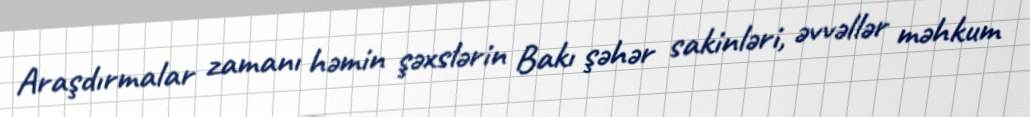
Araşdırmalar zamanı həmin şəxslərin Bakı şəhər sakinləri, əvvəllər məhkum